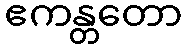
ဧကန္တတော